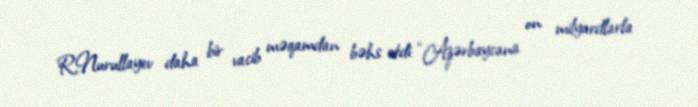
R.Nurullayev daha bir vacib məqamdan bəhs etdi: “Azərbaycana on milyardlarla